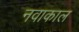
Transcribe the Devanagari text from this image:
नवाकाल